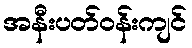
အနီးပတ်ဝန်းကျင်